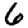
Digit: 6